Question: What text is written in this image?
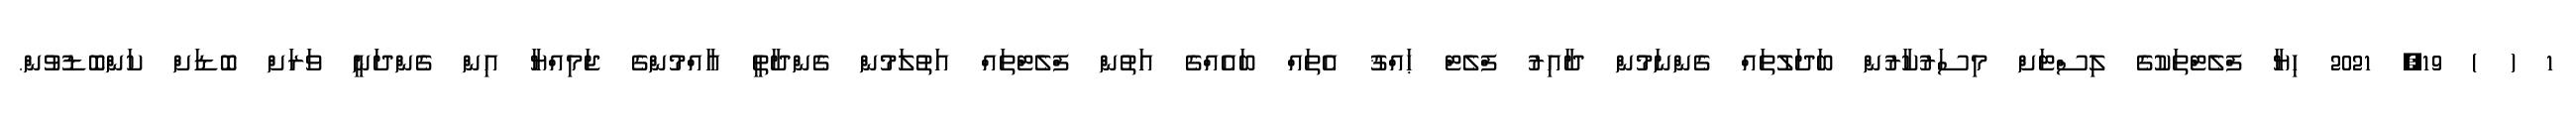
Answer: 1 ( ) 19, 2021 ހިޔާ ފްލެޓްތަކުގެ ލިސްޓަށް މިސަރުކާރުން ބަދަލުތައް ގެންނަމުން ދާއިރު ފްލެޓް ޙައްޤު އެތައް ބައެއްގެ އަތުން ފްލެޓްތައް އަތުލަމުން ގެންދާތީ އާއްމުންގެ ޖަމިއްޔާ އިން ގެންދަނީ ވަރަށް ބޮޑަށް ކަންބޮޑުވުން.